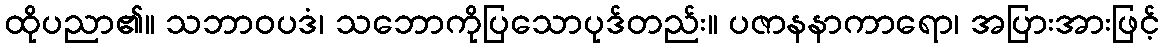
ထိုပညာ၏။ သဘာဝပဒံ၊ သဘောကိုပြသောပုဒ်တည်း။ ပဇာနနာကာရော၊ အပြားအားဖြင့်